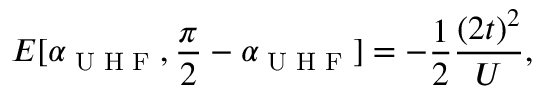
E [ \alpha _ { \textrm { U H F } } , \frac { \pi } { 2 } - \alpha _ { \textrm { U H F } } ] = - \frac { 1 } { 2 } \frac { ( 2 t ) ^ { 2 } } { U } ,